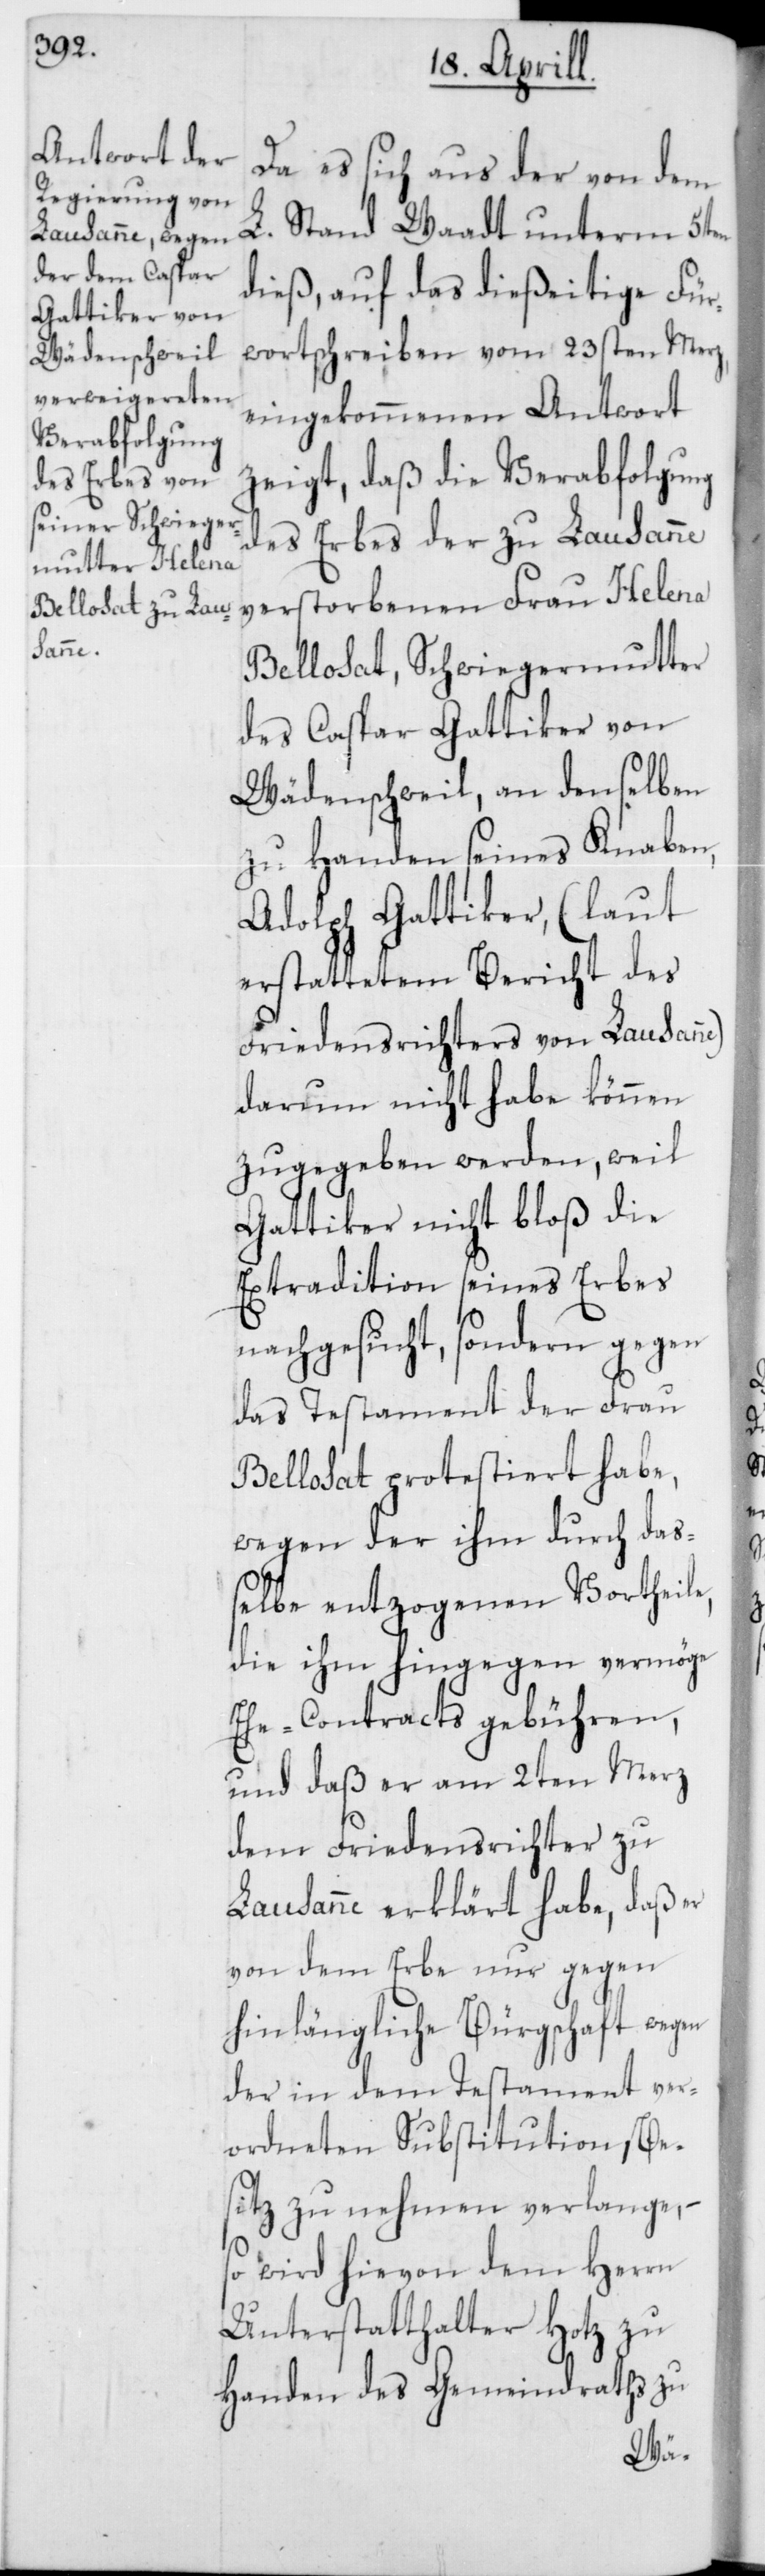
Da es sich aus der von dem
L. Stand Waadt unterm 5ten
dieß, auf das dießeitige Für¬
wortschreiben vom 23sten Merz,
eingekommenen Antwort
zeigt, daß die Verabfolgung
des Erbes der zu Lausanne
Bellosat, Schwiegermutter
des Caspar Gattiker von
Wädenschweil, an denselben
zu Handen seines Knaben,
Adolph Gattiker, (laut
erstattetem Bericht des
Friedensrichters von Lausanne)
darum nicht habe können
zugegeben werden, weil
Gattiker nicht bloß die
Extradition seines Erbes
nachgesucht, sondern gegen
das Testament der Frau
Bellosat protestiert habe,
wegen der ihm durch das¬
selbe entzogenen Vortheile,
die ihm hingegen vermöge
Ehe-Contracts gebühren,
und daß er am 2ten Merz
dem Friedensrichter zu
Lausanne erklärt habe, daß er
von dem Erbe nur gegen
hinlängliche Bürgschaft wegen
der in dem Testament ver¬
ordneten Substitution Be¬
sitz zu nehmen verlange,
so wird hievon dem Herrn
Unterstatthalter Hotz zu
Handen des Gemeindraths zu